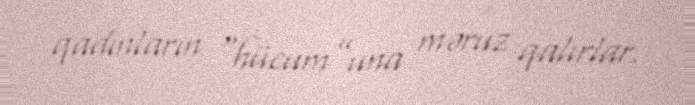
qadınların “hücum”una məruz qalırlar.